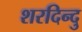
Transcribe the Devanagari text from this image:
शरदिन्दु